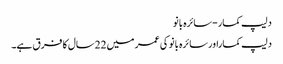
دلیپ کمار-سائرہ بانو
دلیپ کماراورسائرہ بانو کی عمر میں 22سال کا فرق ہے۔